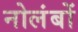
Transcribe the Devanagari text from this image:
नोलंबों